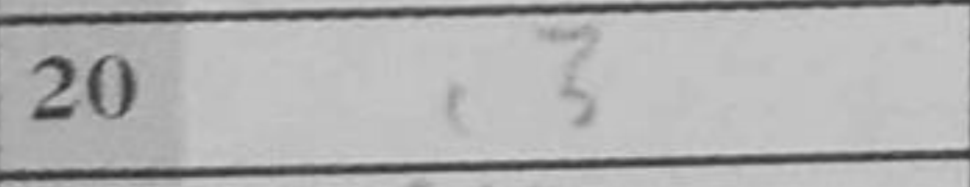
Transcription: c3